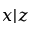
x \vert z